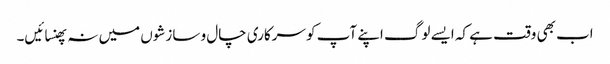
اب بھی وقت ہے کہ ایسے لوگ اپنے آپ کو سرکاری چال و سازشوں میں نہ پھنسائیں۔